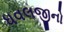
ધવલજીનો